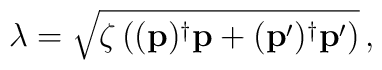
\lambda =\sqrt{ \zeta \left( (\mathbf{p})^{\dagger}\mathbf{p} +(\mathbf{p}^{\prime})^{\dagger}\mathbf{p}^{\prime} \right) }\,,